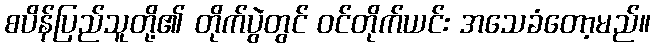
စပိန်ပြည်သူတို့၏ တိုက်ပွဲတွင် ဝင်တိုက်ယင်း အသေခံတော့မည်။